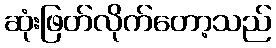
ဆုံးဖြတ်လိုက်တော့သည်